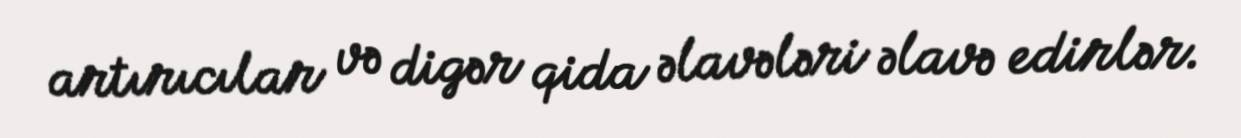
artırıcılar və digər qida əlavələri əlavə edirlər.